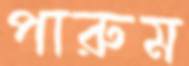
পারুম